Report of the Bombay Plague Committee
Disease focus: Plague
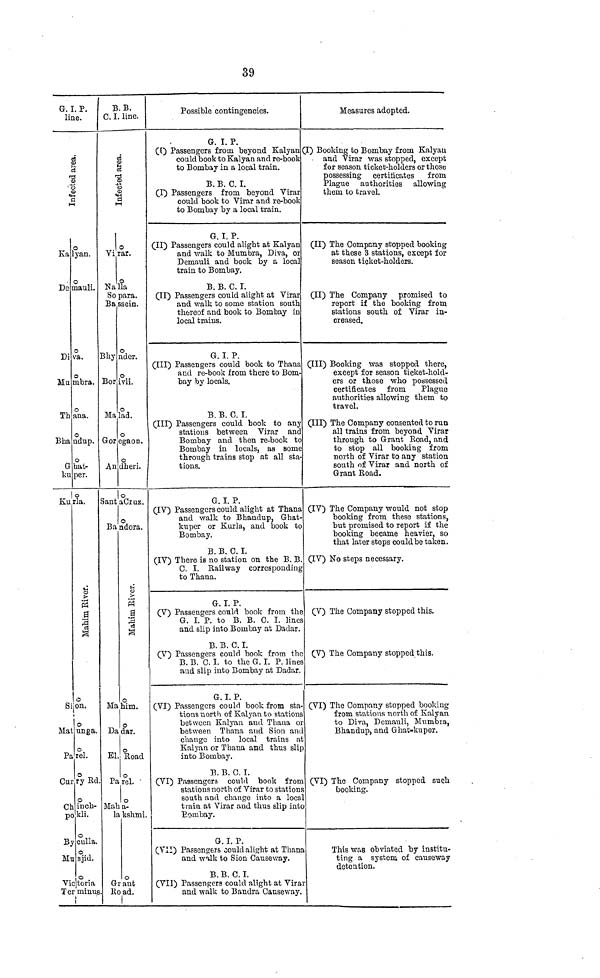
39
G. I. P.
line.
Infected area.
Kalyan.
Demauli.
Diva.
Mumbra.
Thana.
Bha
Ghatkuper
Kurla
ndup.
Mahim River.
Sion.
Matunga
Parel
Curry Rd.
Chinchpokli
Bycylla
Musjid
Victoria Terminus
B.B.
C. I. line.
Infected area.
Virar.
NallaSo para.
Bassein.
Bhynder.
Borivli.
Malad.
Gor
Andheri.
Bandra
Mahim
Dadar
El. Road
egaon.
Mahim River
Parel.
Mahalakshmi
GrantRoad.
Possible contingencies.
G. I. P.
([) Passengers from beyond Kalyan
could book to Kalyan and re-book
to Bombay in a local train.
B. B. C. I.
(I) Passengers from beyond Virar
could book to Virar and re-book
to Bombay by a local train.
G. I. P.
(II) Passengers could alight at Kalyan
and walk to Mum bra, Diva, or
Demauli and book by a local
train to Bombay.
B. B. C. I.
(II) Passengers could alight at Virar
and walk to some station south
thereof and book to Bombay in
local trains.
G. I. P.
(Ill) Passengers could book to Thana
and re-book from there to Bom-
bay by locals.
B. B. C. I.
(III) Passengers could book to any
stations between Virar and
Bombay and then re-book to
Bombay in locals, as some
through trains stop at all sta-
tions.
G. I. P.
(IV) Passengers could alight at Thana
and walk to Bhandup, Ghat-
kuper or Kurla, and book to
Bombay.
B. B. C. I.
(IV) There is no station on the B. B.
C. I. Railway corresponding
to Thana.
G. I. P.
(V) Passengers could book from the
G. I. P. to B. B. C. I. lines
and slip into Bombay at Da dar.
B. B. C. I.
(V) Passengers could book from the
B. B. C. I. to the G. I. P. lines
and slip into Bombay at Dadar.
G. I. P.
(VI) Passengers could book from sta-
tions north of Kalyan to stations
between Kalyan and Thana or
between Thana and Sion and
change into local trains at
Kalyan or Thana and thus slip
into Bombay.
B. B. G. I.
(VI) Passengers could book from
stations north of Virar to stations
south and change into a local
train at Virar and thus slip into
Bombay.
G. I. P.
(VII) Passengers could alight at Thana
and walk to Sion Causeway.
B.B. C. I.
(VII) Passengers could alight at Virar
and walk to Bandra Causeway.
Measures adopted.
(I) Booking to Bombay from Kalyau
and Virar was stopped, except
for season ticket-holders or those
possessing certificates from
Plague authorities allowing
them to travel.
(II) The Company stopped booking
at these 3 stations, except for
season ticket-holders.
(II) The Company promised to
report if the booking from
stations south of Virar in-
creased.
(III) Booking was stopped there,
except for season ticket-hold-
ers or those who possessed
certificates from
Plague
authorities allowing them to
travel.
(III) The Company consented to run
all trains from beyond Virar
through to Grant Road, and
to stop all booking from
north of Virar to any station
south of Virar and north of
Grant Road.
(IV) The Company would not stop
booking from these stations,
but promised to report if the
booking became heavier, so
that later steps could be taken.
(IV) No steps necessary.
(V) The Company stopped this.
(V) The Company stopped this.
(VI) The Company stopped booking
from stations north of Kalyan
to Diva, Demauli, Mumbia,
Bhandup, and Ghat-kuper.
(VI) The Company stopped such
booking.
This was obviated by institu-
ting a system of causeway
detention.